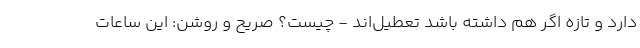
دارد و تازه اگر هم داشته باشد تعطیل‌اند - چیست؟ صریح و روشن: این ساعات